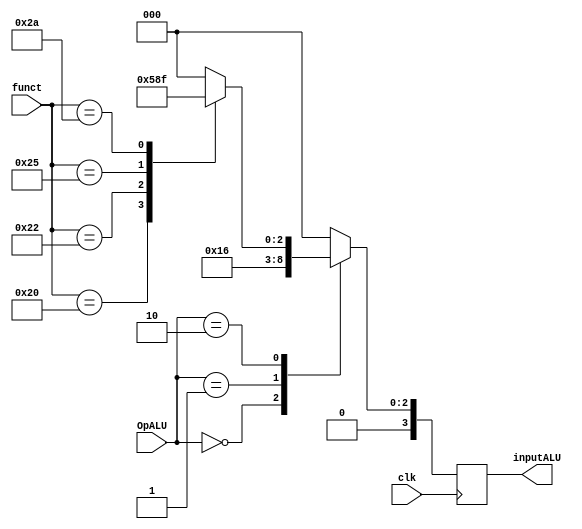
module ULAControl(input            clk,
			      input      [0:1] OpALU,
				  input      [0:5] funct,
				  output reg [0:3] inputALU);
				  
	always @(negedge clk) begin
		case(OpALU)
			2'b00: inputALU <= 4'b0010; //Instruo LW e SW
			2'b01: inputALU <= 4'b0110; //Branch Equal
			2'b10: case(funct) //Tipo R
					6'b100000: inputALU <= 4'b0010; //add
					6'b100010: inputALU <= 4'b0110; //subtract
					6'b100100: inputALU <= 4'b0000; //AND
					6'b100101: inputALU <= 4'b0001; //OR
					6'b101010: inputALU <= 4'b0111; //set on less than
					default: inputALU <= 4'b0000;
					endcase
			default: inputALU <= 4'b0000;
		endcase
	end
endmodule